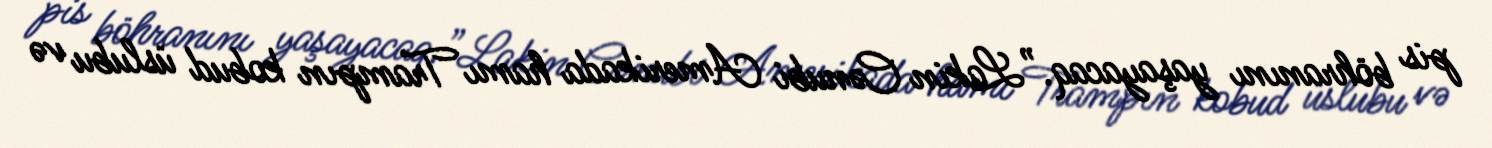
pis böhranını yaşayacaq.”Lakin Cənubi Amerikada hamı Trampın kobud üslubu və